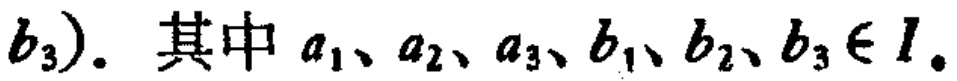
\(b_3)\). 其中 \(a_1、a_2、a_3、b_1、b_2、b_3\in I\)。